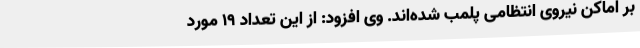
بر اماکن نیروی انتظامی پلمب شده‌اند. وی افزود: از این تعداد 19 مورد